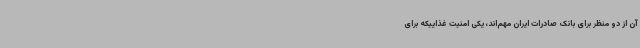
آن از دو منظر برای بانک صادرات ایران مهم‌اند، یکی امنیت غذاییکه برای